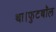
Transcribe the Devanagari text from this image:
था।फुटबॉल